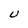
Character: U